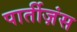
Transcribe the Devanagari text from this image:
पार्तीज़ंस